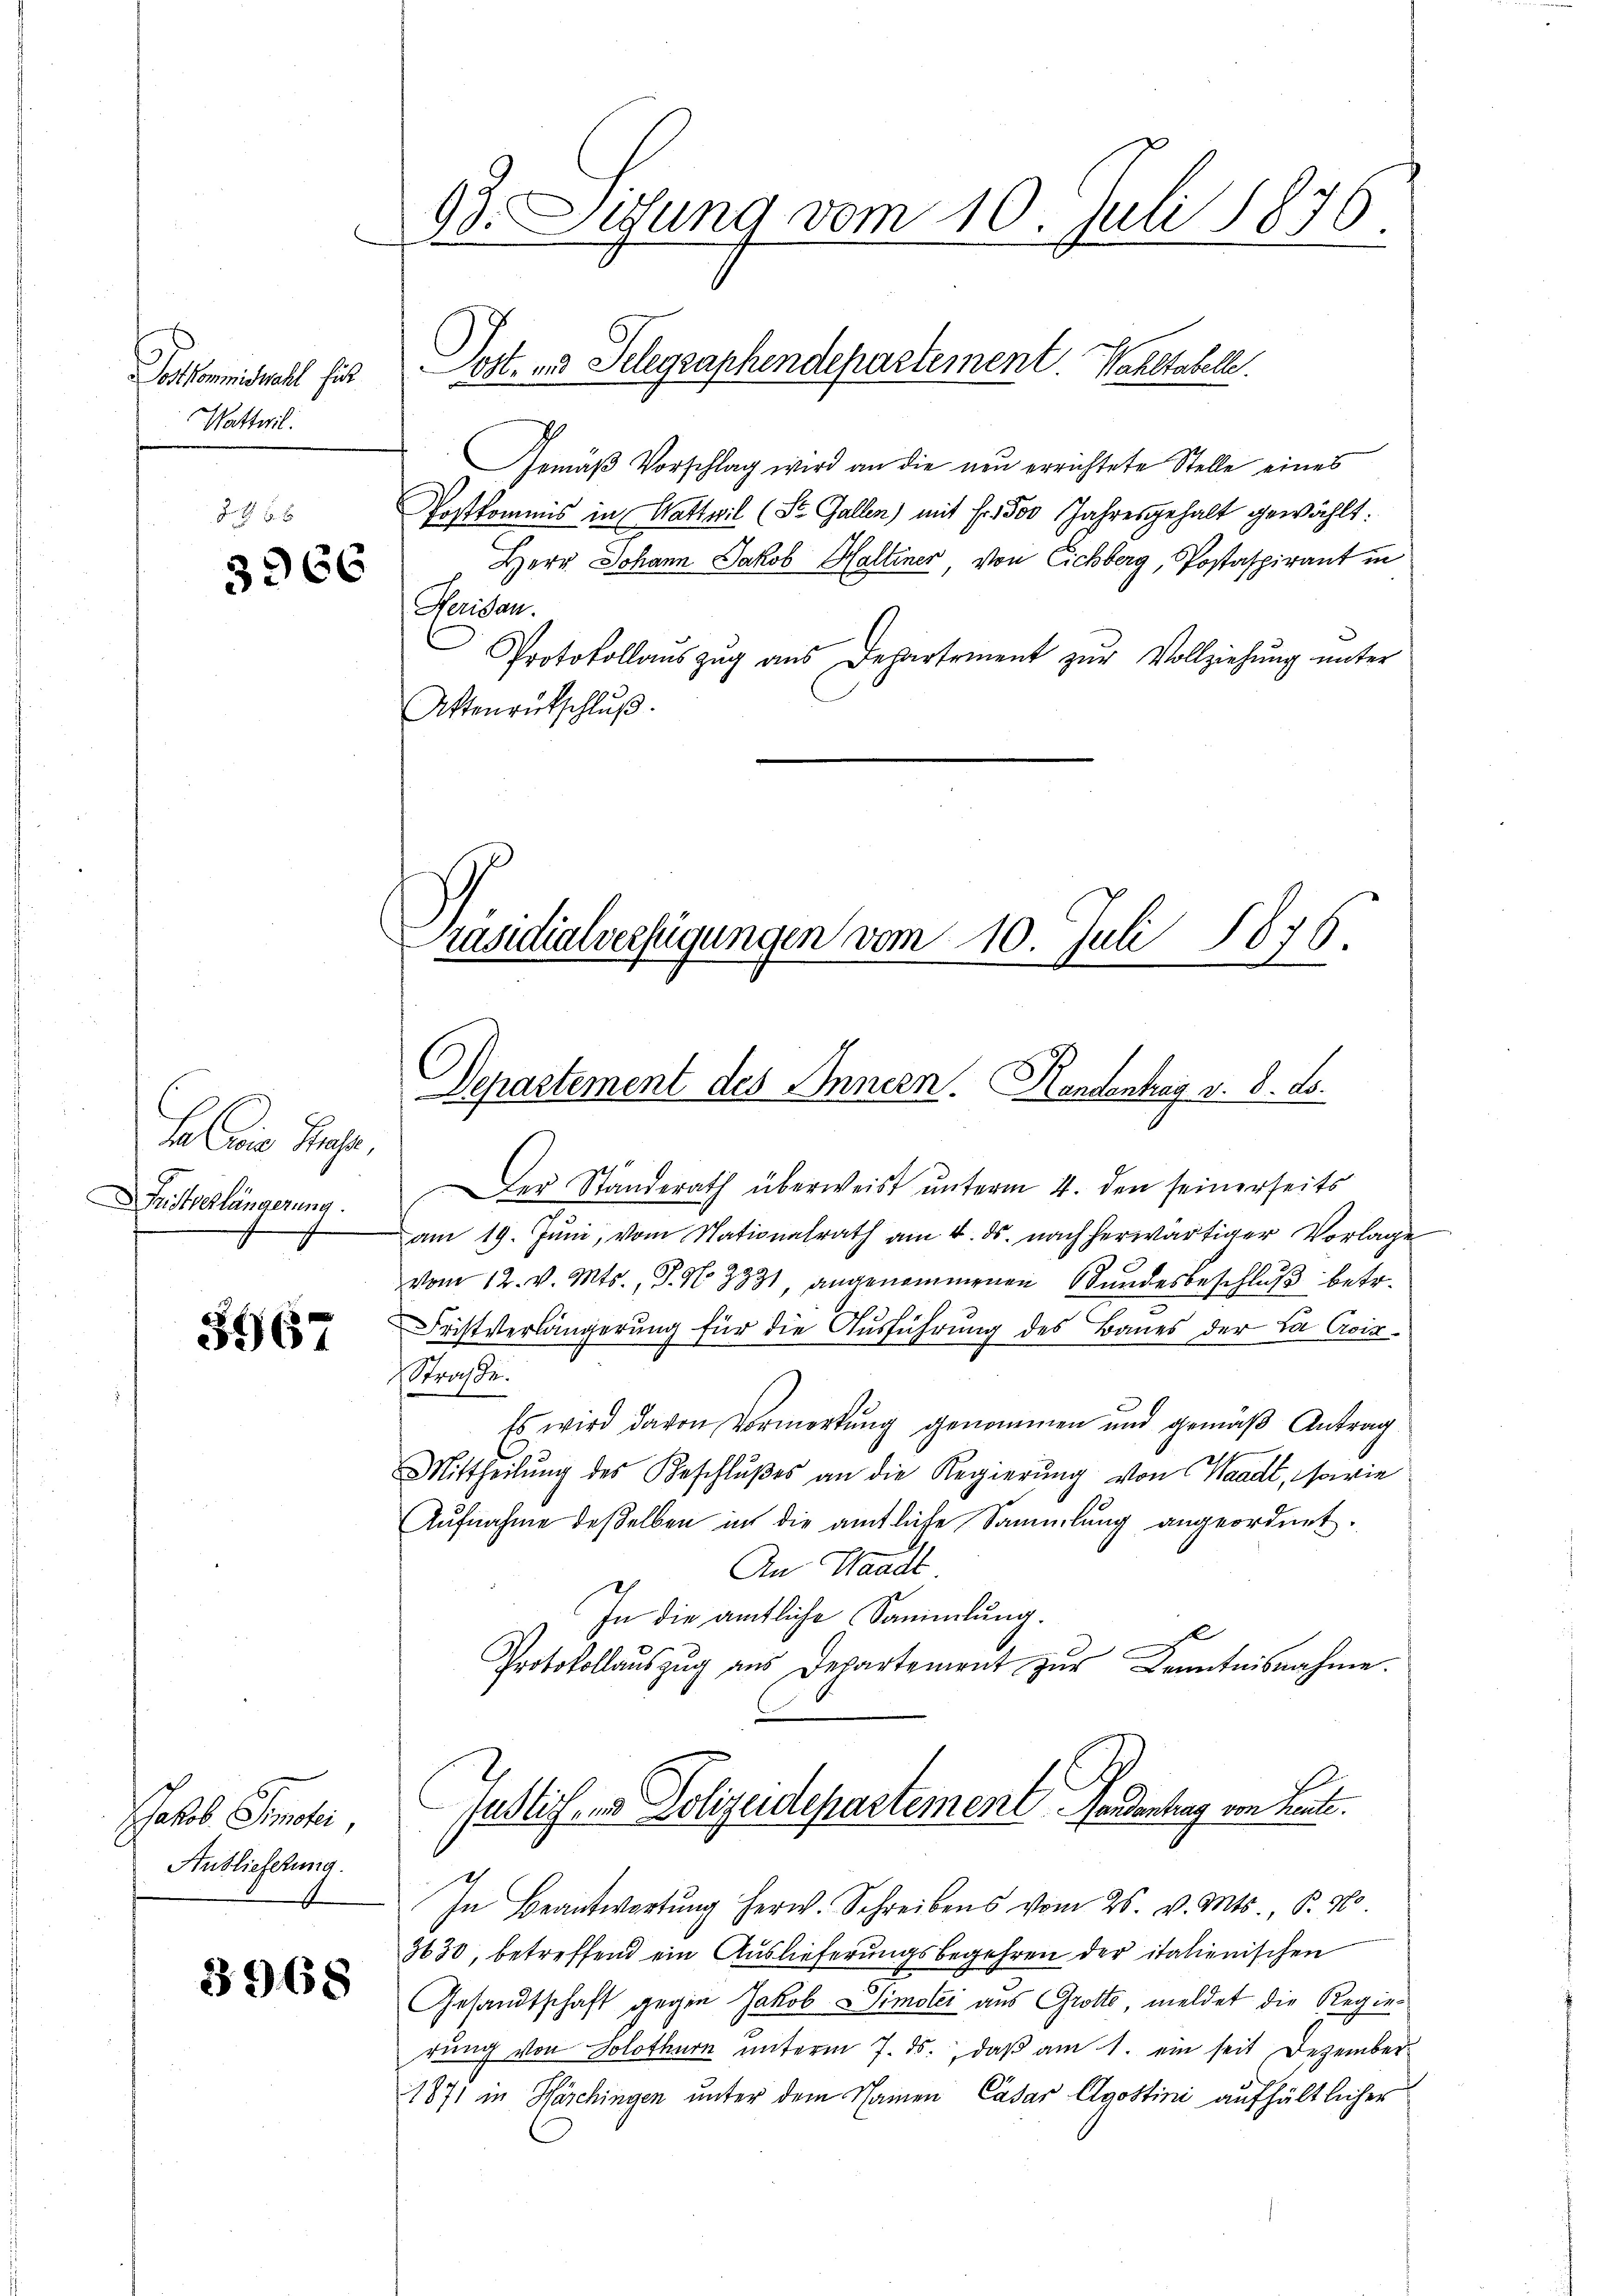
Joskommiswahl für
Wattwil

Jath. 2.
3966

Ja ein Hause,
Fristverlängerung.
f

3967

Jakob Simeter,
Auslieferung.
4

3968

93. Setzung vom 10. Juli 1876.
e

Gemäß Vorschlag wird an die neu errichtete Stelle eines
Postkommis in Wattwil (St. Gallen) mit Fr. 500 Jahresgehalt gewählt:
Herr Johann Jakob Haltiner von Eichberg, Postaspirant in
Feriden.
Protokollaŭszŭg aŭs Departement zŭr Vollziehŭng ŭnter
Attenrutschlŭβ
Der Standerath überweist unterm 4. den seinerseits
am 19. Jŭni, vom Nationalrath am 4. ds. nach herwärtiger Vorlage
vom 12. v. Mts., S. N. 3331, angenommenen Stundesbeschlŭβ betr.
3
Fristverlängerung für die Ausführung des Baues der La Croix¬
Straße.
Es wird davon Vormerkŭng genommen und gemäβ Antrag
Mittheilŭng des Beschlußes an die Regierŭng von Waadt, sowie
Aufnahme deßelben in die amtliche Sammlung angeordnet.
An Waadt
In die amtliche Sammlung.
Protokollaŭszŭg ans Departement zŭr Kenntnisnahme.
Justiz, in Polizeidepartement Fordentrag von Leute.
In Beantwortung herw. Schreibens vom 25. v. Mts. S. 160
3630, betreffend ein Auslieferungsbegehren der italienischen
Gesandtschaft gegen Jakob Simolei aus Grotte, meldet die Regier
rung von Solothurn unterm 7. ds., daß am 1. ein seit Dezember-
1871 in Härchingen unter dem Namen Casar Agostini aufhältlicher

Post- & Gelegraphendepartement Wahltabelle.

räsidialverfügungen vom 10. Juli 1876.
Departement des Innern. Handentrag v. 8. d.